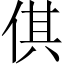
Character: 倛